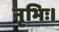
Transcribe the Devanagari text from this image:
नृभिः।